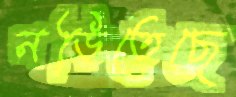
নড়িতেছে